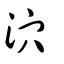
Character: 泬